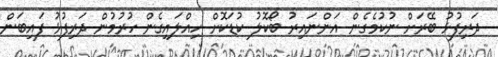
ދަރިފުޅު ބޭރަށް ނުކުމެގެން އަންނައިރު ބޯކޮލު ކުޑަކޮށް ހިއްލައިގެން ހުރުމުން ދަރިފުޅު ފައިބަން